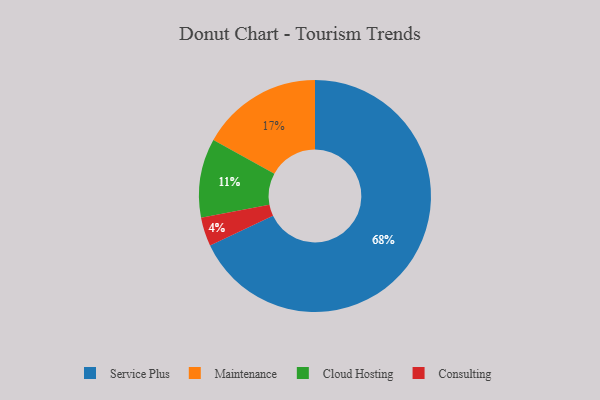
{"axis": {"x": "Category", "y": "Percentage"}, "legend": ["Cloud Hosting", "Consulting", "Maintenance", "Service Plus"], "data": [{"x": "Service Plus", "y": 68, "type": "Service Plus"}, {"x": "Cloud Hosting", "y": 11, "type": "Cloud Hosting"}, {"x": "Consulting", "y": 4, "type": "Consulting"}, {"x": "Maintenance", "y": 17, "type": "Maintenance"}]}